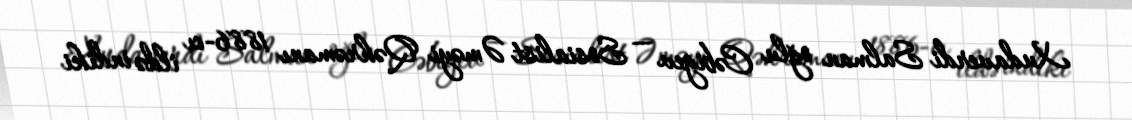
Xudaverdi Salman oğlu Cəbiyev — Sosialist Əməyi Qəhrəmanı 1886-cı ildə indiki